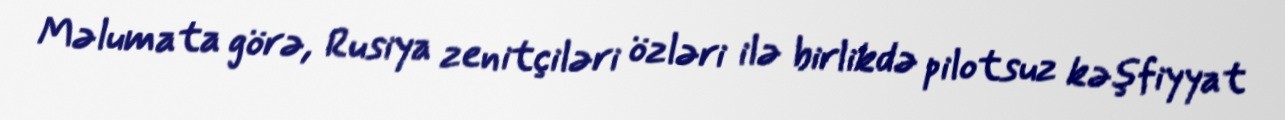
Məlumata görə, Rusiya zenitçiləri özləri ilə birlikdə pilotsuz kəşfiyyat